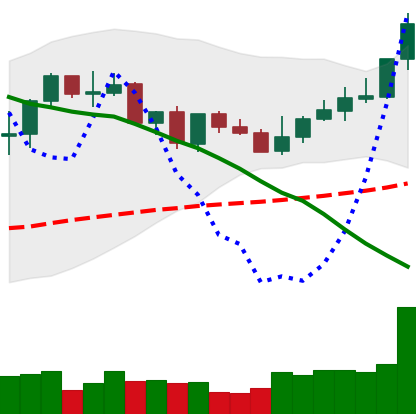
Ticker: XLM-USD
Chart end date: 2021-09-06
Forward return: -23.18%
Label: down_7plus